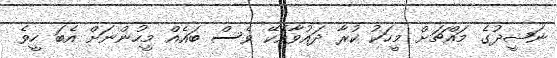
ނަޝީދުގެ މައްޗަށް މީހަކު ކުރާ ދައުވާއެކޭ ވެސް ބައެއް މީހުންނަށް އެބަ ހީވެ